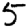
Digit: 5